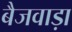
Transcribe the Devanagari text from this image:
बैजवाड़ा